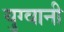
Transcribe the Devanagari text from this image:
युग्वानी